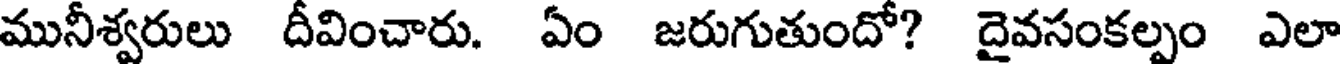
మునీశ్వరులు దీవించారు. ఏం జరుగుతుందో? దైవసంకల్పం ఎలా